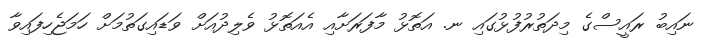
ނައިބު ރައީސްގެ މިދަތުރުފުޅުގައި ނ. އަތޮޅު މާފަރަށާއި އެއަތޮޅު ވެލިދުއަށް ވަޑައިގަތުމަށް ހަމަޖެހިފައިވާ